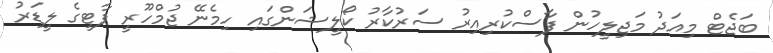
ބަޖެޓް މިއަދު މަޖިލީހުން ފާސްކުރިއިރު ސަރުކާރު ކޯލީޝަންގައި ހިމެނޭ ޖުމްހޫރީ ޕާޓީގެ ލީޑަރު